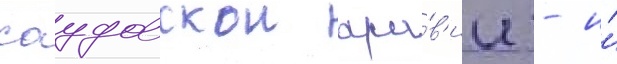
саудовскои ара́в'ии - и́